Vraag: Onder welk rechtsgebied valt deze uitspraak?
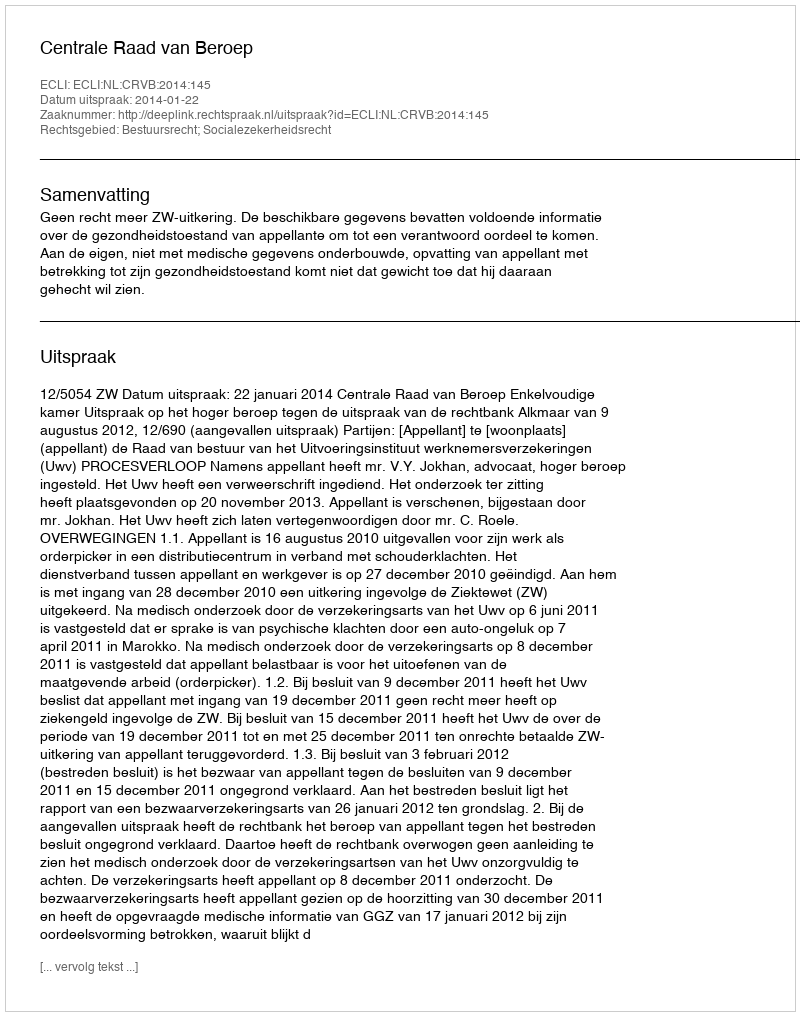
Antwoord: Bestuursrecht; Socialezekerheidsrecht